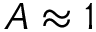
A \approx 1